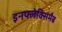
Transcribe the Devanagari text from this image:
इनफ्लेक्सिमैब